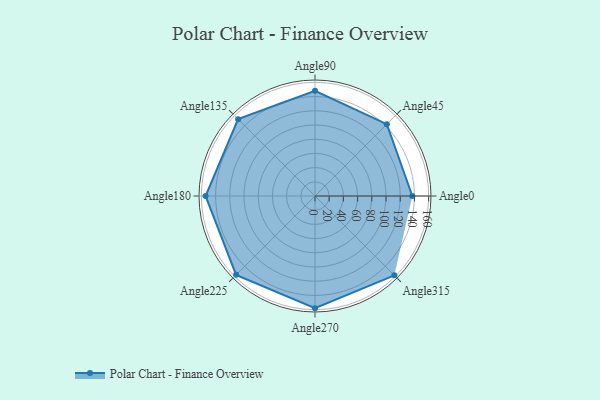
{"axis": {"x": "Angle", "y": "Radius"}, "legend": [""], "data": [{"x": "Angle0", "y": 137.0, "type": ""}, {"x": "Angle45", "y": 143.0, "type": ""}, {"x": "Angle90", "y": 148.0, "type": ""}, {"x": "Angle135", "y": 153.0, "type": ""}, {"x": "Angle180", "y": 154.0, "type": ""}, {"x": "Angle225", "y": 157.0, "type": ""}, {"x": "Angle270", "y": 158.0, "type": ""}, {"x": "Angle315", "y": 158.0, "type": ""}]}